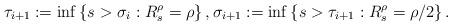
LaTeX: \begin{align*} \tau_{i+1}:=\inf\left\{s>\sigma_i:R^{\rho}_s=\rho\right\}, \sigma_{i+1}:=\inf\left\{s>\tau_{i+1}:R^{\rho}_s=\rho/2\right\}. \end{align*}